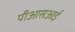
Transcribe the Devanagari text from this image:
पीआसआई